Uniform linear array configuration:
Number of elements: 24
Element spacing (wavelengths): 1
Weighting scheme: kaiser
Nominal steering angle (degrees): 0
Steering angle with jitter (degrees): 0.9107
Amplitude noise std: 0.05
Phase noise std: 0.05

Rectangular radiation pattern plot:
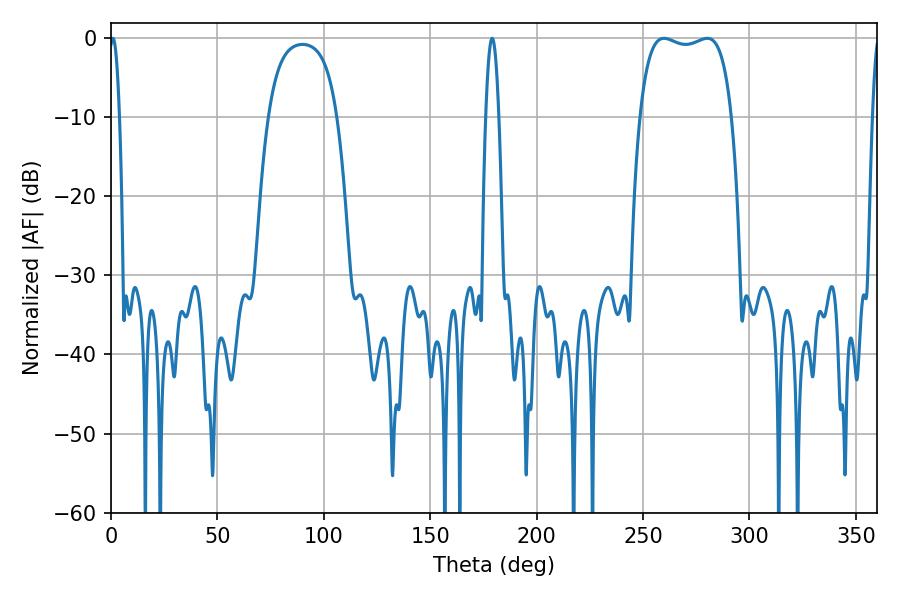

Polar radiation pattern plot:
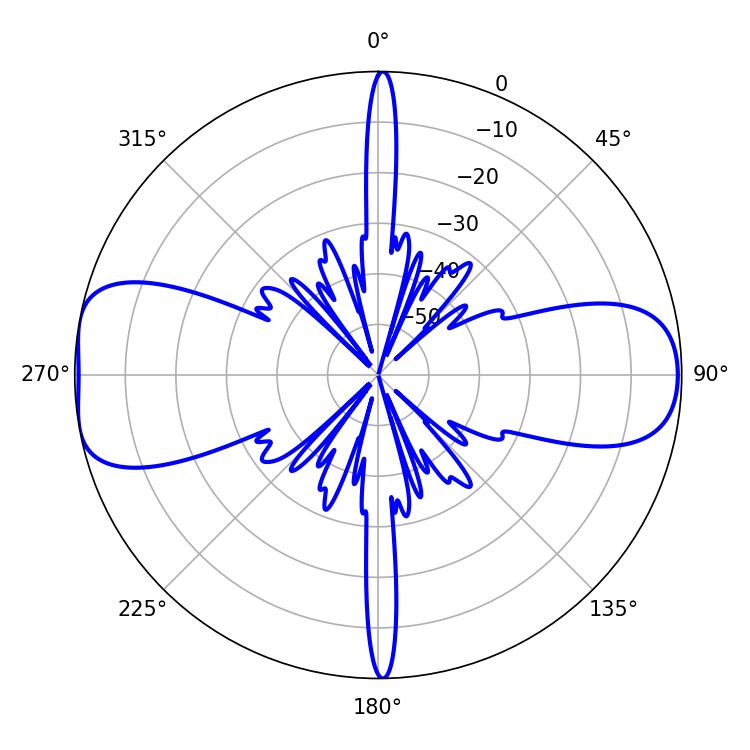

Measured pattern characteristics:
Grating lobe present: TRUE
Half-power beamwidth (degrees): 2.52
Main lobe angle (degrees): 0.9